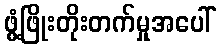
ဖွံ့ဖြိုးတိုးတက်မှုအပေါ်